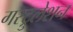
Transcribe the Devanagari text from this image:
गस्ट्रुलेशन